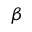
\beta